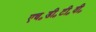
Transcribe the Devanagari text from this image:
एच॰डी॰टी॰वी॰